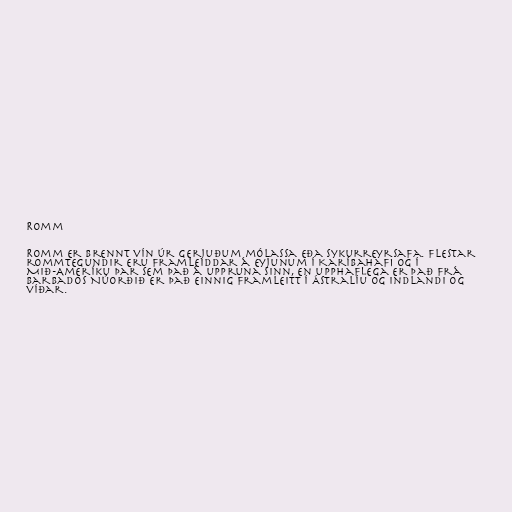
Romm

Romm er brennt vín úr gerjuðum mólassa eða sykurreyrsafa. Flestar
rommtegundir eru framleiddar á eyjunum í Karíbahafi og í
Mið-Ameríku þar sem það á uppruna sinn, en upphaflega er það frá
Barbados Núorðið er það einnig framleitt í Ástralíu og Indlandi og
víðar.